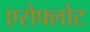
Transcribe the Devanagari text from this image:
एरोफ्लोट